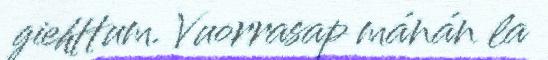
giehttum. Vuorrasap mánán la